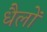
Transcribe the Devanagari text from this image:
धैलों